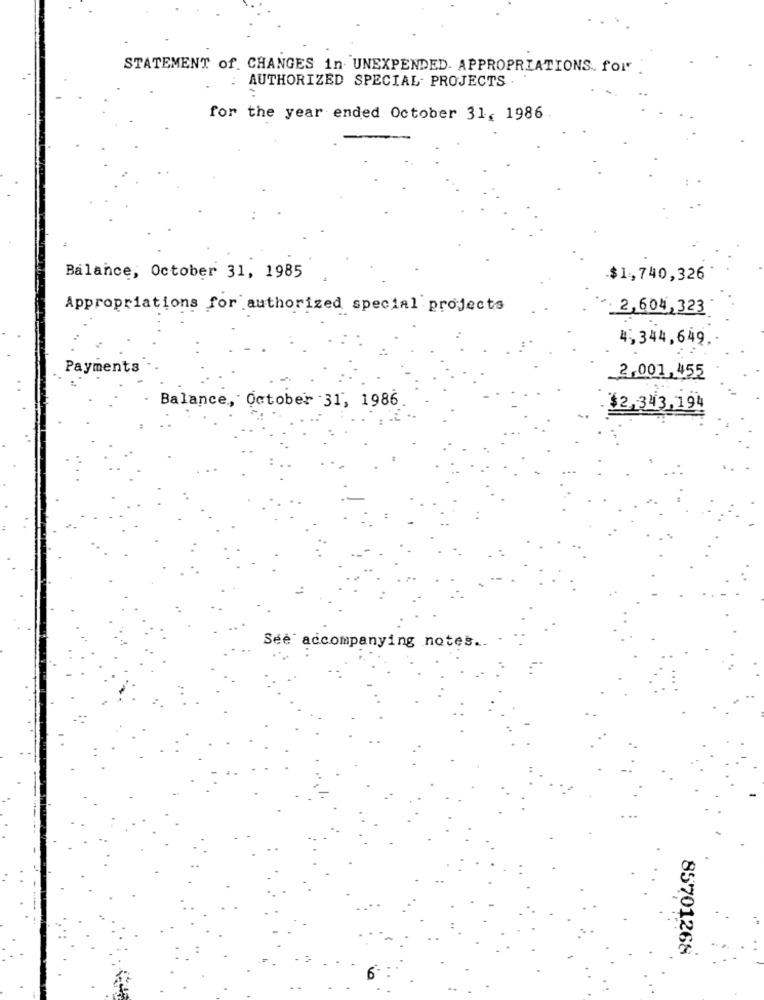
STATEMENT of. CHANGES in. UNEXPENDED. APPROPRIATIONS. for
AUTHORIZED SPECIAL PROJECTS
for the year ended October 31, 1986
Balance, October 31, 1985
$1,740,326
Appropriations for authorized special projects
2,604,323
4,344,649
Payments
2,001,455
Balance, October 31, 1986
$2,343,194
See accompanying notes ..
85701268